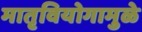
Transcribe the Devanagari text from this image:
मातृवियोगामुळे